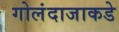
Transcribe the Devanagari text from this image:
गोलंदाजाकडे